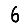
Digit: 6